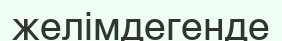
желімдегенде